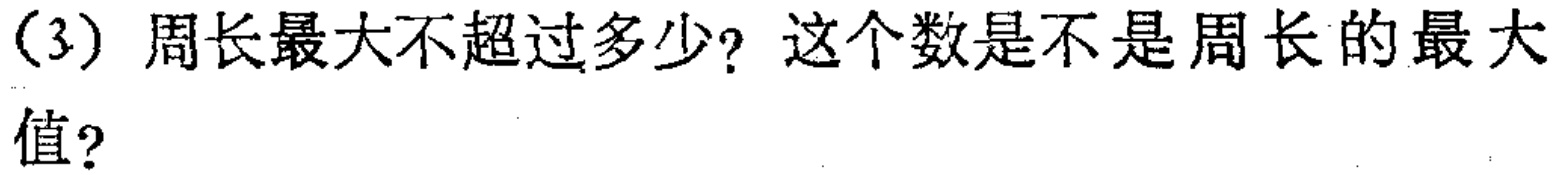
(3) 周长最大不超过多少？这个数是不是周长的最大值？